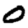
Digit: 0